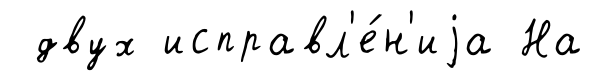
двух исправл'е́н'иjа На